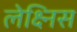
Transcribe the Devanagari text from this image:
लेक्ष्निस